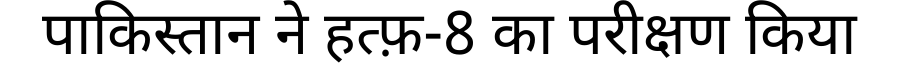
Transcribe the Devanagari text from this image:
पाकिस्तान ने हत्फ़-8 का परीक्षण किया